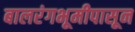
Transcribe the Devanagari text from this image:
बालरंगभूमीपासून